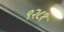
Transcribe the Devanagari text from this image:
९२८१